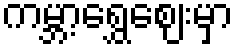
ကမ္ဘာ့ရွှေဈေးမှာ